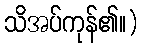
သိအပ်ကုန်၏။)